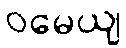
ဝမေယျ